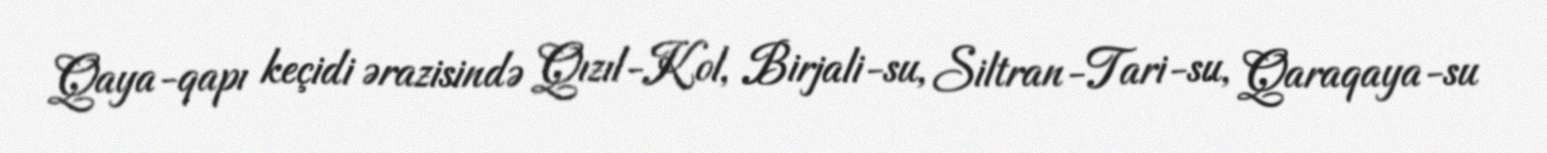
Qaya-qapı keçidi ərazisində Qızıl-Kol, Birjali-su, Siltran-Tari-su, Qaraqaya-su